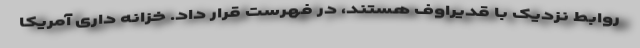
روابط نزدیک با قدیراوف هستند، در فهرست قرار داد. خزانه داری آمریکا